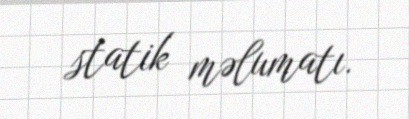
statik məlumatı.